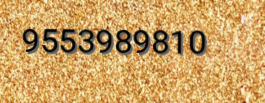
9553989810